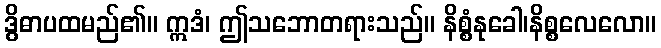
ဒွိဓာပထမည်၏။ ဣဒံ၊ ဤသဘောတရားသည်။ နိစ္စံနုခေါ၊နိစ္စလေလော။